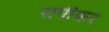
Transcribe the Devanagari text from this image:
सपीकर